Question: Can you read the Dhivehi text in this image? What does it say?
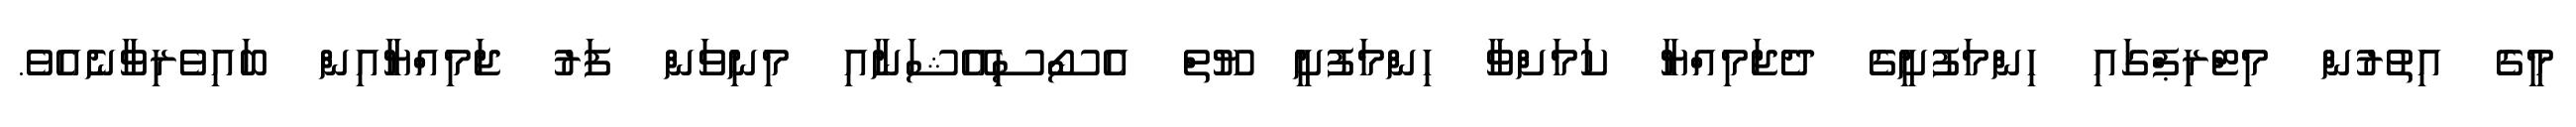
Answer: މީގެ އިތުރުން މިޓްރިޕްގައި ހިންމަފުށީގެ ދެޖަމިއްޔާ ކަމަށްވާ ހިންމަފުށީ ޔޫތް އެސޯސިއޭޝަނާއި މިނިވަން ފަރު ޖަމިއްޔާއިން ބައިވެރިވާނެއެވެ.